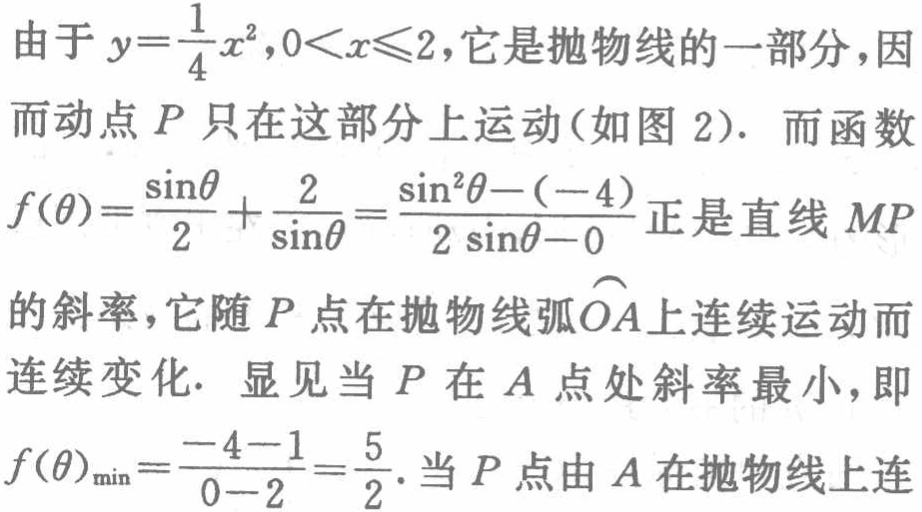
由于 \(y = \frac{1}{4}x^{2},0 < x\leqslant2\)，它是抛物线的一部分，因而动点 \(P\) 只在这部分上运动（如图 2）. 而函数
\(f(\theta)=\frac{\sin\theta}{2}+\frac{2}{\sin\theta}=\frac{\sin^{2}\theta - (-4)}{2\sin\theta - 0}\)正是直线 \(MP\)
的斜率，它随 \(P\) 点在抛物线弧\(\overset{\frown}{OA}\)上连续运动而连续变化. 显见当 \(P\) 在 \(A\) 点处斜率最小，即
\(f(\theta)_{\min}=\frac{-4 - 1}{0 - 2}=\frac{5}{2}\). 当 \(P\) 点由 \(A\) 在抛物线上连